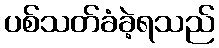
ပစ်သတ်ခံခဲ့ရသည်